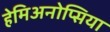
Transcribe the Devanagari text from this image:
हेमिअनोप्सिया